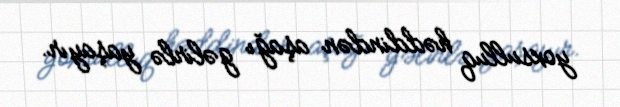
yoxsulluq həddindən aşağı gəlirlə yaşayır.